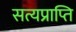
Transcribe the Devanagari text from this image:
सत्यप्राप्ति